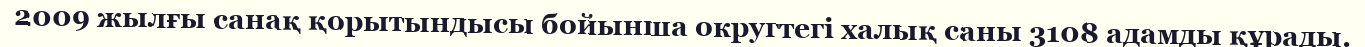
2009 жылғы санақ қорытындысы бойынша округтегі халық саны 3108 адамды құрады.